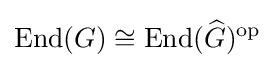
{\text{End}}(G)\cong {\text{End}}({\widehat {G}})^{\text{op}}